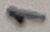
Text: 1